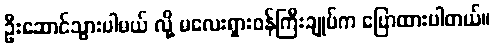
ဦးဆောင်သွားပါမယ် လို့ မလေးရှားဝန်ကြီးချုပ်က ပြောထားပါတယ်။